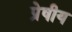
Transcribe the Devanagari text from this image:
प्रेषीय